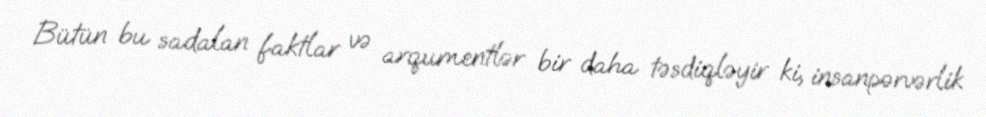
Bütün bu sadalan faktlar və arqumentlər bir daha təsdiqləyir ki, insanpərvərlik